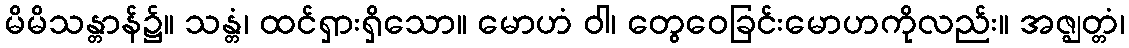
မိမိသန္တာန်၌။ သန္တံ၊ ထင်ရှားရှိသော။ မောဟံ ဝါ၊ တွေဝေခြင်းမောဟကိုလည်း။ အဇ္ဈတ္တံ၊